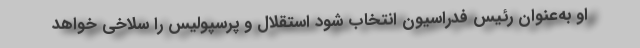
او به‌عنوان رئیس فدراسیون انتخاب شود استقلال و پرسپولیس را سلاخی خواهد